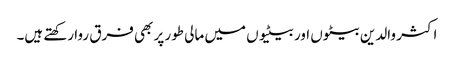
اکثر والدین بیٹوں اور بیٹیوں میں مالی طور پر بھی فرق روا رکھتے ہیں۔